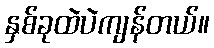
နှစ်ခုထဲပဲကျန်တယ်။